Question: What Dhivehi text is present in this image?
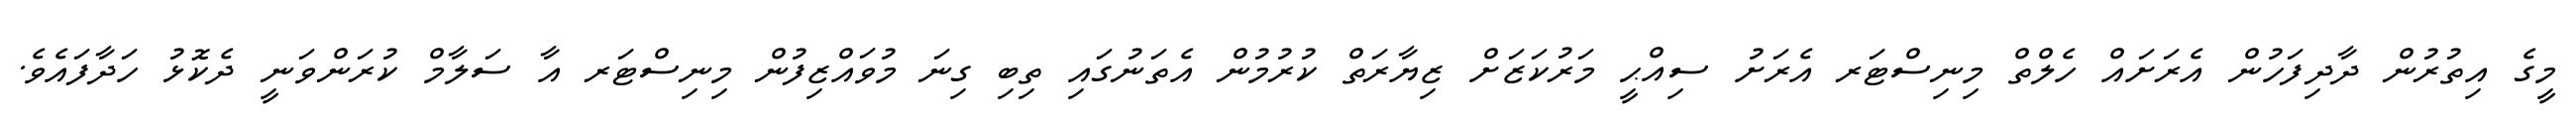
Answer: މީގެ އިތުރުން ދާދިފަހުން އެރަށައް ހެލްތް މިނިސްޓަރ އެރަށު ސިއްޙީ މަރުކަޒަށް ޒިޔާރަތް ކުރުމުން އެތަނުގައި ތިބި ގިނަ މުވައްޒިފުން މިނިސްޓަރ އާ ސަލާމް ކުރަންވަނީ ދެކޮޅު ހަދާފައެވެ.